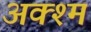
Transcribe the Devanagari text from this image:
अक्श्म